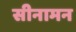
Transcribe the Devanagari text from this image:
सीनामन